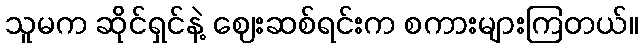
သူမက ဆိုင်ရှင်နဲ့ ဈေးဆစ်ရင်းက စကားများကြတယ်။